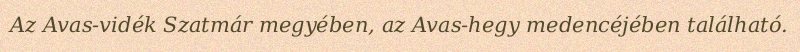
Az Avas-vidék Szatmár megyében, az Avas-hegy medencéjében található.